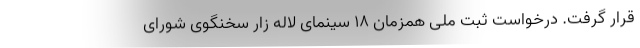
قرار گرفت. درخواست ثبت ملی همزمان ۱۸ سینمای لاله زار سخنگوی شورای